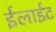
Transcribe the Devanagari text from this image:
ईलाईट